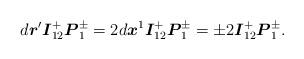
LaTeX: \begin{align*}d\boldsymbol{r}^{\prime }\boldsymbol{I}_{12}^{+}\boldsymbol{P}_{1}^{\pm }=2d\boldsymbol{x}^{1}\boldsymbol{I}_{12}^{+}\boldsymbol{P}_{1}^{\pm }=\pm 2\boldsymbol{I}_{12}^{+}\boldsymbol{P}_{1}^{\pm }.\end{align*}